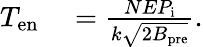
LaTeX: \begin{array}{rl}{T_{\mathrm{en}}}&{{}=\frac{NEP_{\mathrm{i}}}{k\sqrt{2B_{\mathrm{pre}}}}.}\end{array}